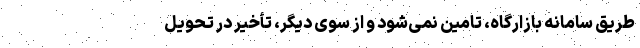
طریق سامانه بازارگاه، تامین نمی‌شود و از سوی دیگر، تأخیر در تحویل